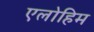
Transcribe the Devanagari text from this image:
एलोहिम